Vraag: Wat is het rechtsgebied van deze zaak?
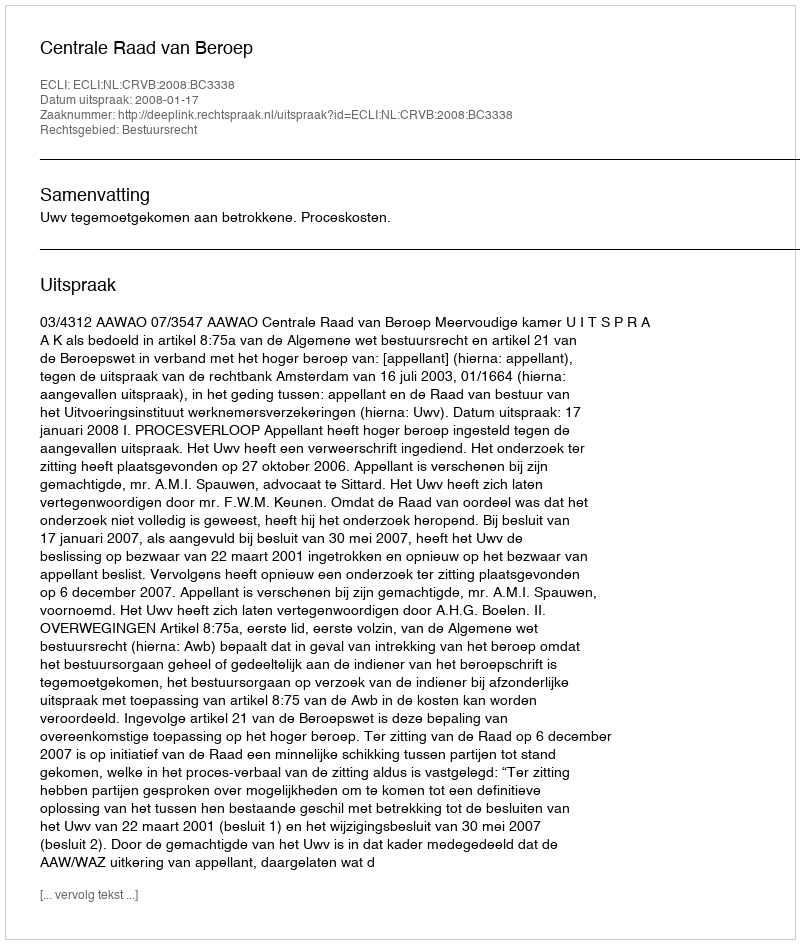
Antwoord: Bestuursrecht